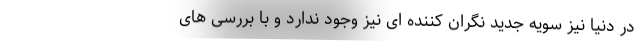
در دنیا نیز سویه جدید نگران کننده ای نیز وجود ندارد و با بررسی های